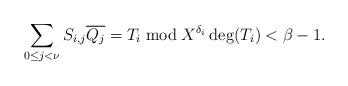
LaTeX: \begin{align*} \sum_{0 \le j < \nu} S_{i,j} \overline{Q_j} = T_i \bmod X^{\delta_i}\deg(T_i) < \beta-1.\end{align*}